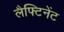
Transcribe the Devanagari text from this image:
लैफ्टिनेंट